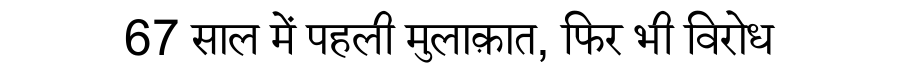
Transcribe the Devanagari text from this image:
67 साल में पहली मुलाक़ात, फिर भी विरोध